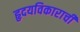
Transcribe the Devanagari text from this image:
हृदयविकाराची